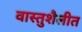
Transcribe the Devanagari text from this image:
वास्तुशैलीत